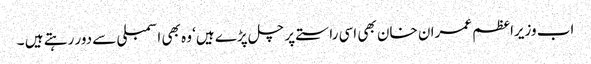
اب وزیراعظم عمران خان بھی اسی راستے پر چل پڑے ہیں‘ وہ بھی اسمبلی سے دور رہتے ہیں ۔